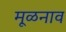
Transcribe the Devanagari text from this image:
मूळनाव